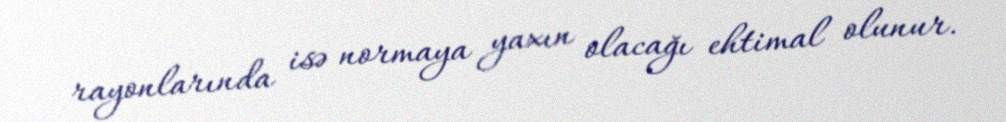
rayonlarında isə normaya yaxın olacağı ehtimal olunur.